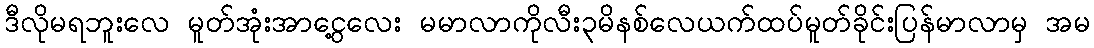
ဒီလိုမရဘူးလေ မူတ်အုံးအာငွေ့လေး မမာလာကိုလီး၃မိနစ်လေယက်ထပ်မူတ်ခိုင်းပြန်မာလာမှ အမ